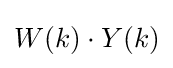
W(k)\cdot Y(k)